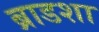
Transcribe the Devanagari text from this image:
ब्राडशा